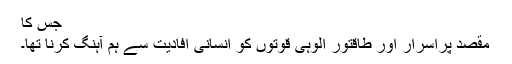
جس کا
مقصد پراسرار اور طاقتور الوہی قوتوں کو انسانی افادیت سے ہم آہنگ کرنا تھا۔